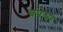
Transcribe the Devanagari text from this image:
चंपेश्वर